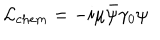
{ \cal L } _ { c h e m } = - i \mu \bar { \psi } \gamma _ { 0 } \psi